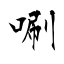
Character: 唰